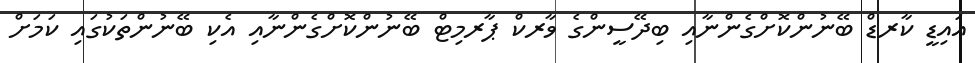
އައިޑީ ކާރޑް ބޭނުންކޮށްގެންނާއި ބިދޭސީންގެ ވާރކް ޕާރމިޓް ބޭނުންކޮށްގެންނާއި އެކި ބޭނުންތަކުގައި ކަމަށް